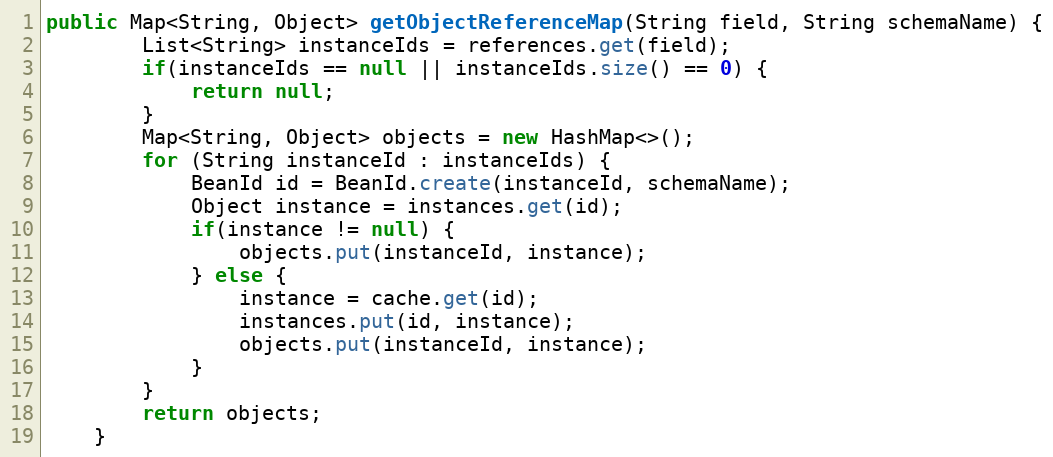
Language: Java
public Map<String, Object> getObjectReferenceMap(String field, String schemaName) {
        List<String> instanceIds = references.get(field);
        if(instanceIds == null || instanceIds.size() == 0) {
            return null;
        }
        Map<String, Object> objects = new HashMap<>();
        for (String instanceId : instanceIds) {
            BeanId id = BeanId.create(instanceId, schemaName);
            Object instance = instances.get(id);
            if(instance != null) {
                objects.put(instanceId, instance);
            } else {
                instance = cache.get(id);
                instances.put(id, instance);
                objects.put(instanceId, instance);
            }
        }
        return objects;
    }